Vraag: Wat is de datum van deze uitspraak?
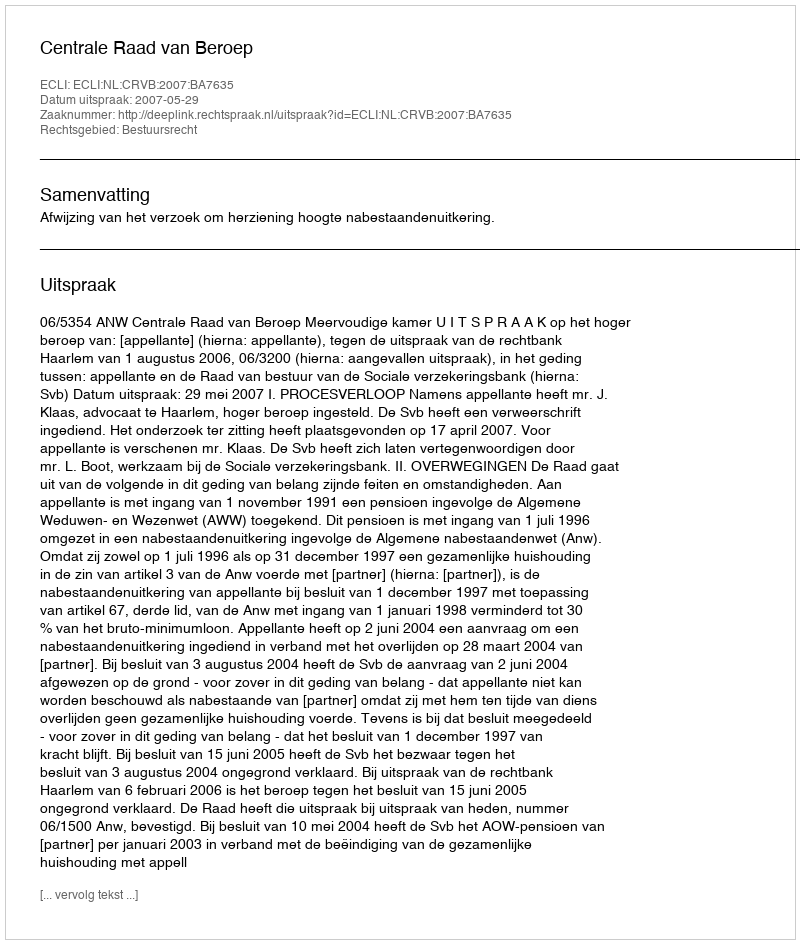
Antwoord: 2007-05-29